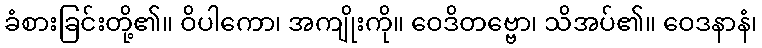
ခံစားခြင်းတို့၏။ ဝိပါကော၊ အကျိုးကို။ ဝေဒိတဗ္ဗော၊ သိအပ်၏။ ဝေဒနာနံ၊